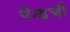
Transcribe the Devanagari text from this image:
पेन्हची